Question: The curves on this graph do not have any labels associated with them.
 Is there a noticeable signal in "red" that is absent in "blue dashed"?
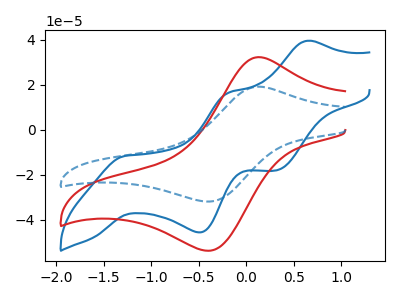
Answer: <think>The blue curve "blue" has anodic peaks at (0.65V, 39.50uA) (-0.20V, 16.40uA) and cathodic peaks at (-1.30V, -11.55uA) (-0.50V, -45.55uA) (0.30V, -17.95uA). The red curve "red" has an anodic peak at (0.15V, 32.25uA) and a cathodic peak at (-0.35V, -53.60uA). The blue dashed curve "blue dashed" has an anodic peak at (0.15V, 19.15uA) and a cathodic peak at (-0.35V, -31.80uA).
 All the peaks in "red" have a peak in "blue dashed" at the same potential. Every peak in "red" is higher than every peak in "blue dashed".</think>
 <answer>No, "red" and "blue dashed" don't appear to be significantly different in shape</answer>
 <eval>no_change</eval>